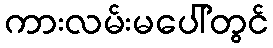
ကားလမ်းမပေါ်တွင်